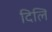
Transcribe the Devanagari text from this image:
दिलि